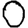
Digit: 0